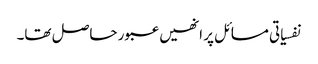
نفسیاتی مسائل پر انھیں عبور حاصل تھا۔